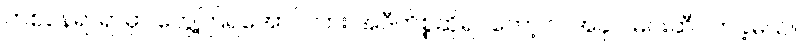
တစ်နေရာရာမှာ တွေ့ကြရအောင်လား အဲဒီကိစ္စဆိုရင်တော့ ငါ အခုပဲ မင်းဆီ လာခဲ့မယ်။